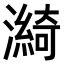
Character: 𤀽